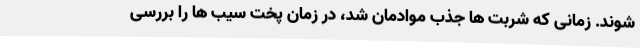
شوند. زمانی که شربت ها جذب موادمان شد، در زمان پخت سیب ها را بررسی